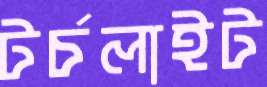
টর্চলাইট